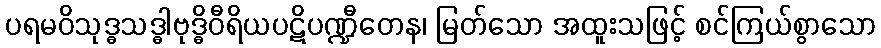
ပရမဝိသုဒ္ဓသဒ္ဓါဗုဒ္ဓိဝီရိယပဋိပဏ္ဍီတေန၊ မြတ်သော အထူးသဖြင့် စင်ကြယ်စွာသော